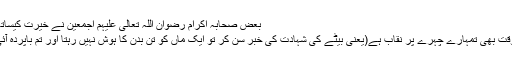
بعض صحابہ اکرام رضوان اللہ تعالی علیہم اجمعین نے خیرت کیساتھ کہا:
“اس وقت بھی تمہارے چہرے پر نقاب ہے(یعنی بیٹے کی شہادت کی خبر سن کر تو ایک ماں کو تن بدن کا ہوش نہیں رہتا اور تم باپردہ آئی ہو)۔